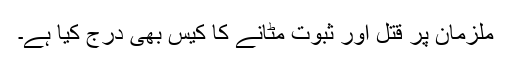
ملزمان پر قتل اور ثبوت مٹانے کا کیس بھی درج کیا ہے۔